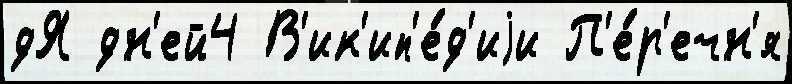
дЯ дн'ей4 В'ик'ип'е́д'иjи П'е́р'ечн'я